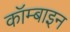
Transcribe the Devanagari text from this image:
कॉम्बाइन